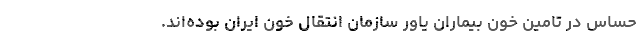
حساس در تامین خون بیماران یاور سازمان انتقال خون ایران بوده‌اند.